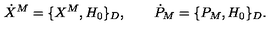
\dot { X } ^ { M } = \{ X ^ { M } , H _ { 0 } \} _ { D } , \qquad \dot { P } _ { M } = \{ P _ { M } , H _ { 0 } \} _ { D } .